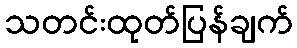
သတင်းထုတ်ပြန်ချက်